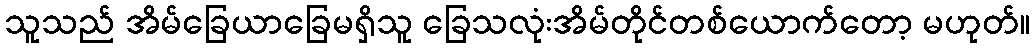
သူသည် အိမ်ခြေယာခြေမရှိသူ ခြေသလုံးအိမ်တိုင်တစ်ယောက်တော့ မဟုတ်။